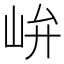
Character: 峅